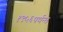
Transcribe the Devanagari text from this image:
१९५६पर्यन्त